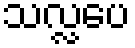
သလ္လပေ